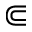
\Subset